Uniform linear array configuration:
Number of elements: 24
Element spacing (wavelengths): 0.25
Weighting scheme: hann
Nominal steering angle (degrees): -30
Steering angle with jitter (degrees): -29.001
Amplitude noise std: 0.05
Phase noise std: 0.05

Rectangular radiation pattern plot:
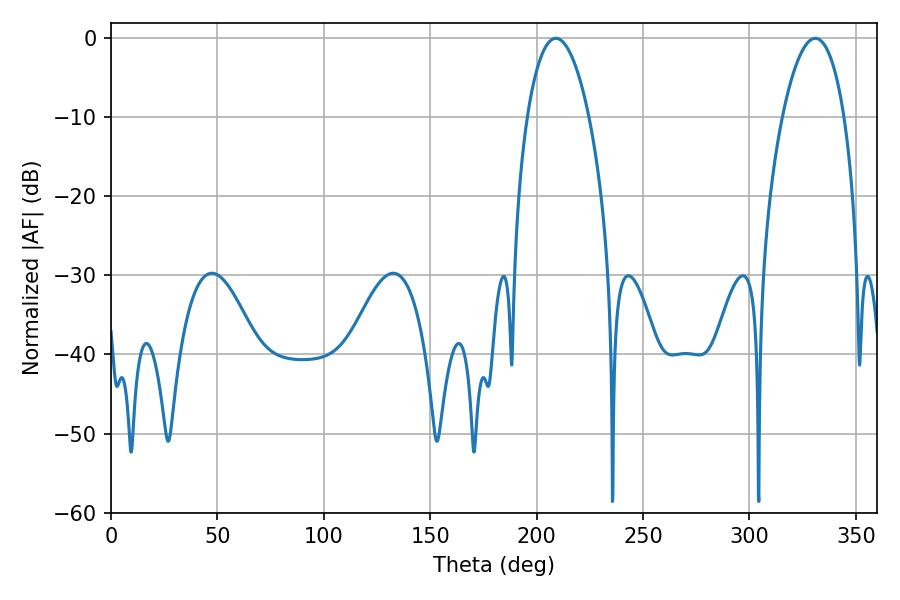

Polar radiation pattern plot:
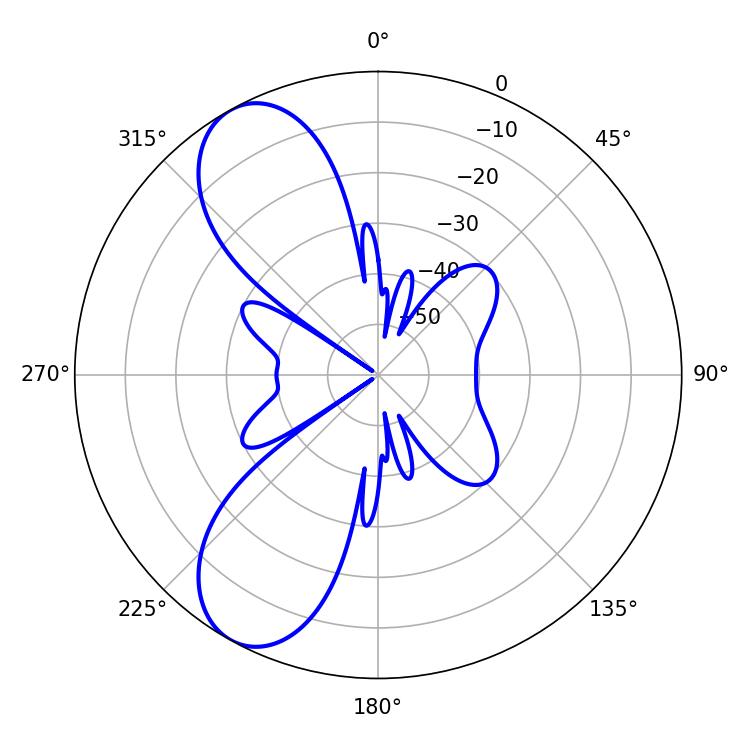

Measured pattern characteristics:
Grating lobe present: FALSE
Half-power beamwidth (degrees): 16.2
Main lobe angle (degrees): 208.98